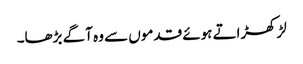
لڑکھڑاتے ہوئے قدموں سے وہ آگے بڑھا۔